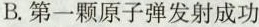
B.第一颗原子弹发射成功